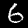
Label: 6